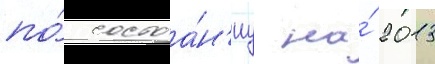
по́ состоа́н'иу на́ 2013